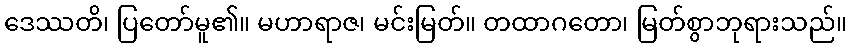
ဒေဿတိ၊ ပြတော်မူ၏။ မဟာရာဇ၊ မင်းမြတ်။ တထာဂတော၊ မြတ်စွာဘုရားသည်။